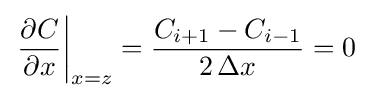
\left.{\frac {\partial C}{\partial x}}\right|_{x=z}={\frac {C_{i+1}-C_{i-1}}{2\,\Delta x}}=0